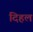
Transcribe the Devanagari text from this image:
दिहल